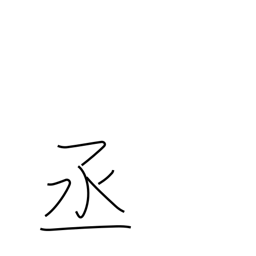
Meaning: help